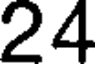
24